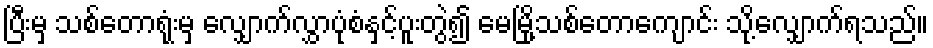
ပြီးမှ သစ်တောရုံးမှ လျှောက်လွှာပုံစံနှင့်ပူးတွဲ၍ မေမြို့သစ်တောကျောင်း သို့လျှောက်ရသည်။